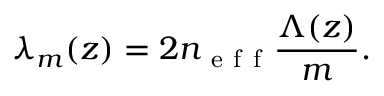
\lambda _ { m } ( z ) = 2 n _ { \mathrm { ~ e ~ f ~ f ~ } } \frac { \Lambda ( z ) } { m } .